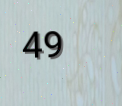
49